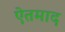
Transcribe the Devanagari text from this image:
ऐतमाद